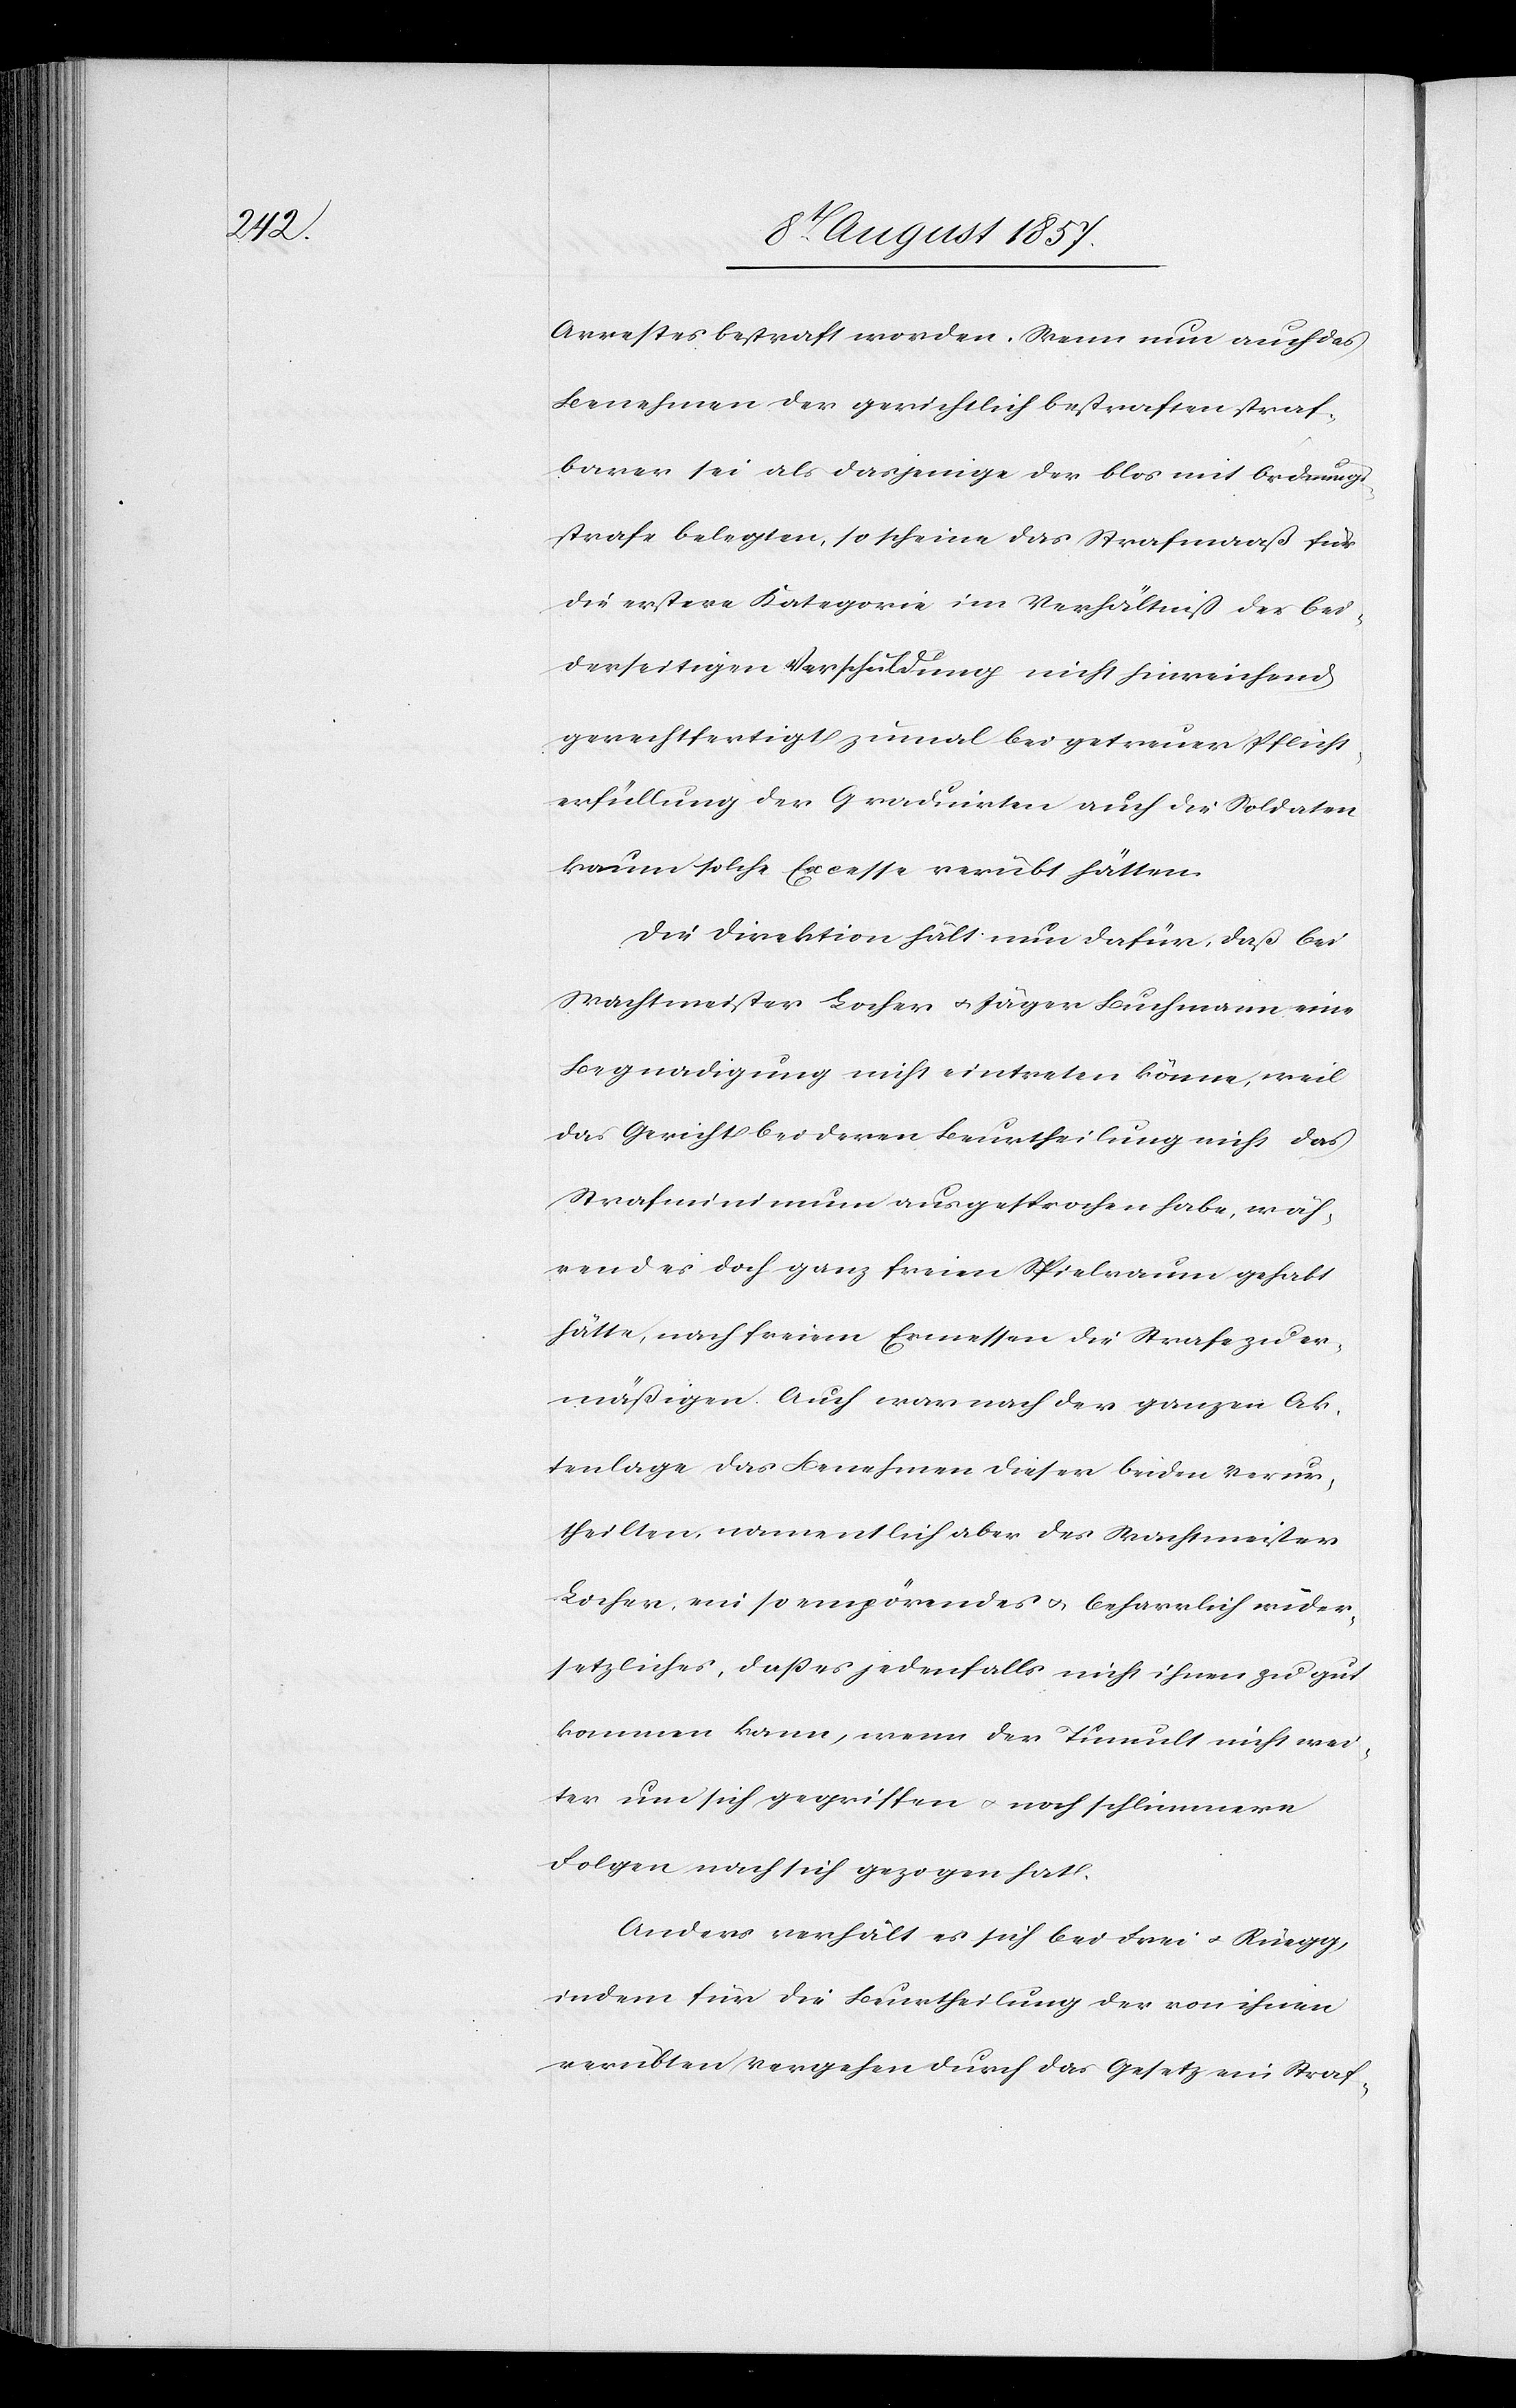
Arrestes bestraft worden. Wenn nun auch das
Benehmen der gerichtlich bestraften straf¬
barer sei als dasjenige der blos mit Ordnungs¬
strafe belegten, so scheine das Strafmaaß für
die erstere Kategorie im Verhältniß der bei¬
derseitigen Verschuldung nicht hinreichend
gerechtfertigt zumal bei getreuer Pflicht¬
erfüllung der Graduirten auch die Soldaten
kaum solche Excesse verübt hätten.
Die Direktion hält nun dafür, daß bei
Wachtmeister Locher & Jäger Buchmann eine
Begnadigung nicht eintreten könne, weil
das Gericht bei deren Beurtheilung nicht das
Strafminimum ausgesprochen habe, wäh¬
rend es doch ganz freien Spielraum gehabt
hätte, nach freiem Ermessen die Strafe zu er¬
mäßigen. Auch war nach der ganzen Ak¬
tenlage das Benehmen dieser beiden Verur¬
theilten, namentlich aber des Wachtmeister
Locher, ein so empörendes & beharrlich wider¬
setzliches, daß es jedenfalls nicht ihnen zu gut
kommen kann, wenn der Tumult nicht wei¬
ter um sich gegriffen & noch schlimmere
Folgen nach sich gezogen hat.
Anders verhält es sich bei Frei & Rüegg,
indem für die Beurtheilung der von ihnen
verübten Vergehen durch das Gesetz ein Straf-